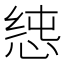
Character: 𭝉